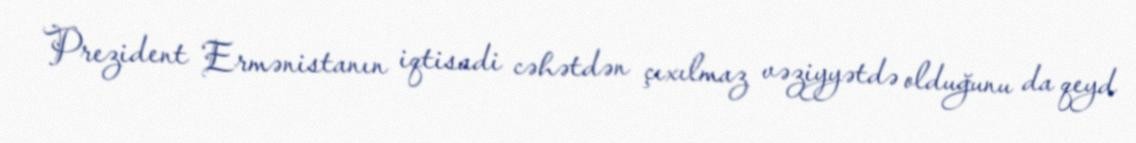
Prezident Ermənistanın iqtisadi cəhətdən çıxılmaz vəziyyətdə olduğunu da qeyd